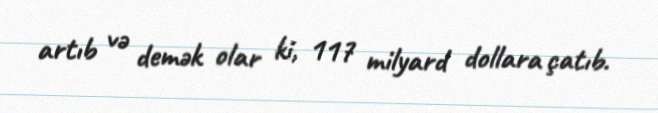
artıb və demək olar ki, 117 milyard dollara çatıb.